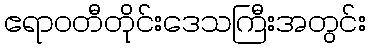
ဧရာဝတီတိုင်းဒေသကြီးအတွင်း